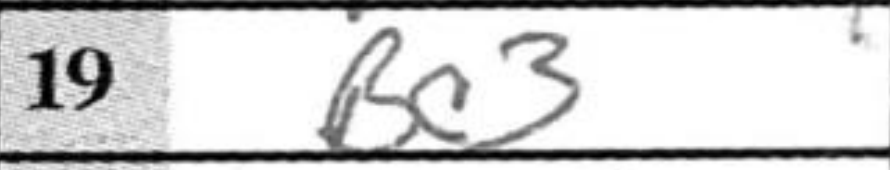
Transcription: Bc3